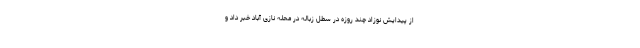
از پیدایش نوزاد چند روزه در سطل زباله در محله نازی آباد خبر داد و